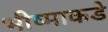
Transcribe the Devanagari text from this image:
भीष्माकडे